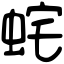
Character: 䖳